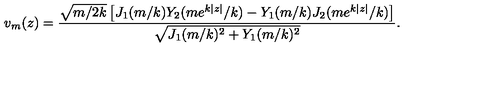
v _ { m } ( z ) = \frac { \sqrt { m / 2 k } \left[ J _ { 1 } ( m / k ) Y _ { 2 } ( m e ^ { k | z | } / k ) - Y _ { 1 } ( m / k ) J _ { 2 } ( m e ^ { k | z | } / k ) \right] } { \sqrt { J _ { 1 } ( m / k ) ^ { 2 } + Y _ { 1 } ( m / k ) ^ { 2 } } } .